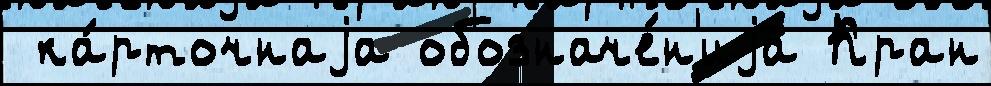
 ка́рточнаjа обозначе́н'иjа Кран